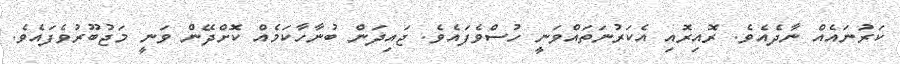
ކަރުނައެއް ނާދެއެވެ. ރޮއިރޮއި އެކަރުނަތައްވަނީ ހުސްވެފައެވެ. ޖައިދަން ބުނާހާކަމެއް ކޮށްދޭން ވަނީ މަޖުބޫރުވެފައެވެ.